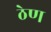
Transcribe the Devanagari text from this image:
ठेण